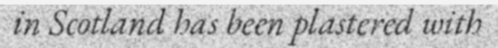
in Scotland has been plastered with